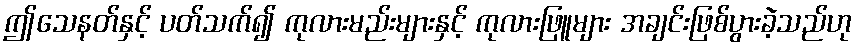
ဤသေနတ်နှင့် ပတ်သက်၍ ကုလားမည်းများနှင့် ကုလားဖြူများ အချင်းဖြစ်ပွားခဲ့သည်ဟု